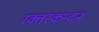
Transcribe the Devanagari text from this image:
रक्तस्कन्दन